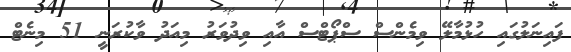
ފައިނަލުގައި ހުޅުމާލޭ ވިމެންސް ސްޕޯޓްސް އާއި ވިދުވަރު މިއަދު ވާކުރަނީ 51 މިނެޓް